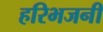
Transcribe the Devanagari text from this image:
हरिभजनी